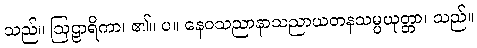
သည်။ ဩဠာရိကာ၊ ၏။ ပ။ နေဝသညာနာသညာယတနသမ္ပယုတ္တာ၊ သည်။